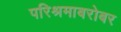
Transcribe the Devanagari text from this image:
परिश्रमाबरोबर